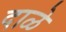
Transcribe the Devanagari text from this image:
दाळे